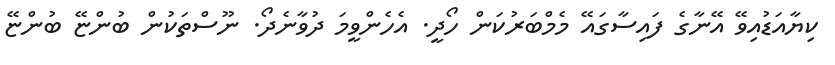
ކިޔާއަޑުއިވޭ އޭނާގެ ފައިސާގައޭ މެމްބަރުކަން ހޯދީ. އެހެންވީމަ ދުވާނެދޯ. ނޫސްތަކުން ބުންޏޭ ބުންޏޭ